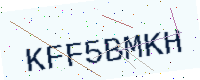
Text: KFF5BMKH